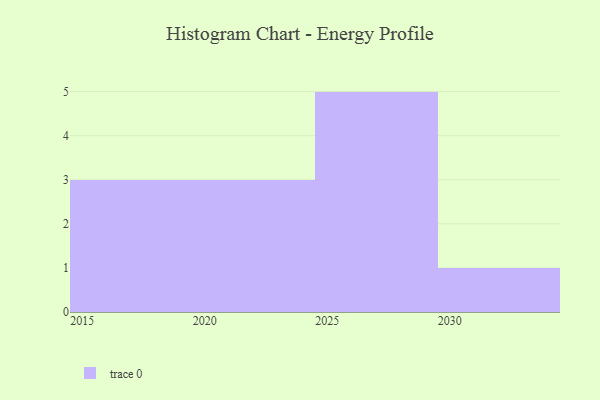
{"axis": {"x": "Year", "y": "Energy Usage (MWh)"}, "legend": [""], "data": [{"x": "2023", "y": 35, "type": ""}, {"x": "2015", "y": 71, "type": ""}, {"x": "2030", "y": 19, "type": ""}, {"x": "2028", "y": 67, "type": ""}, {"x": "2019", "y": 28, "type": ""}, {"x": "2020", "y": 78, "type": ""}, {"x": "2027", "y": 49, "type": ""}, {"x": "2025", "y": 82, "type": ""}, {"x": "2016", "y": 21, "type": ""}, {"x": "2026", "y": 97, "type": ""}, {"x": "2022", "y": 20, "type": ""}, {"x": "2029", "y": 19, "type": ""}]}